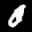
Label: 0